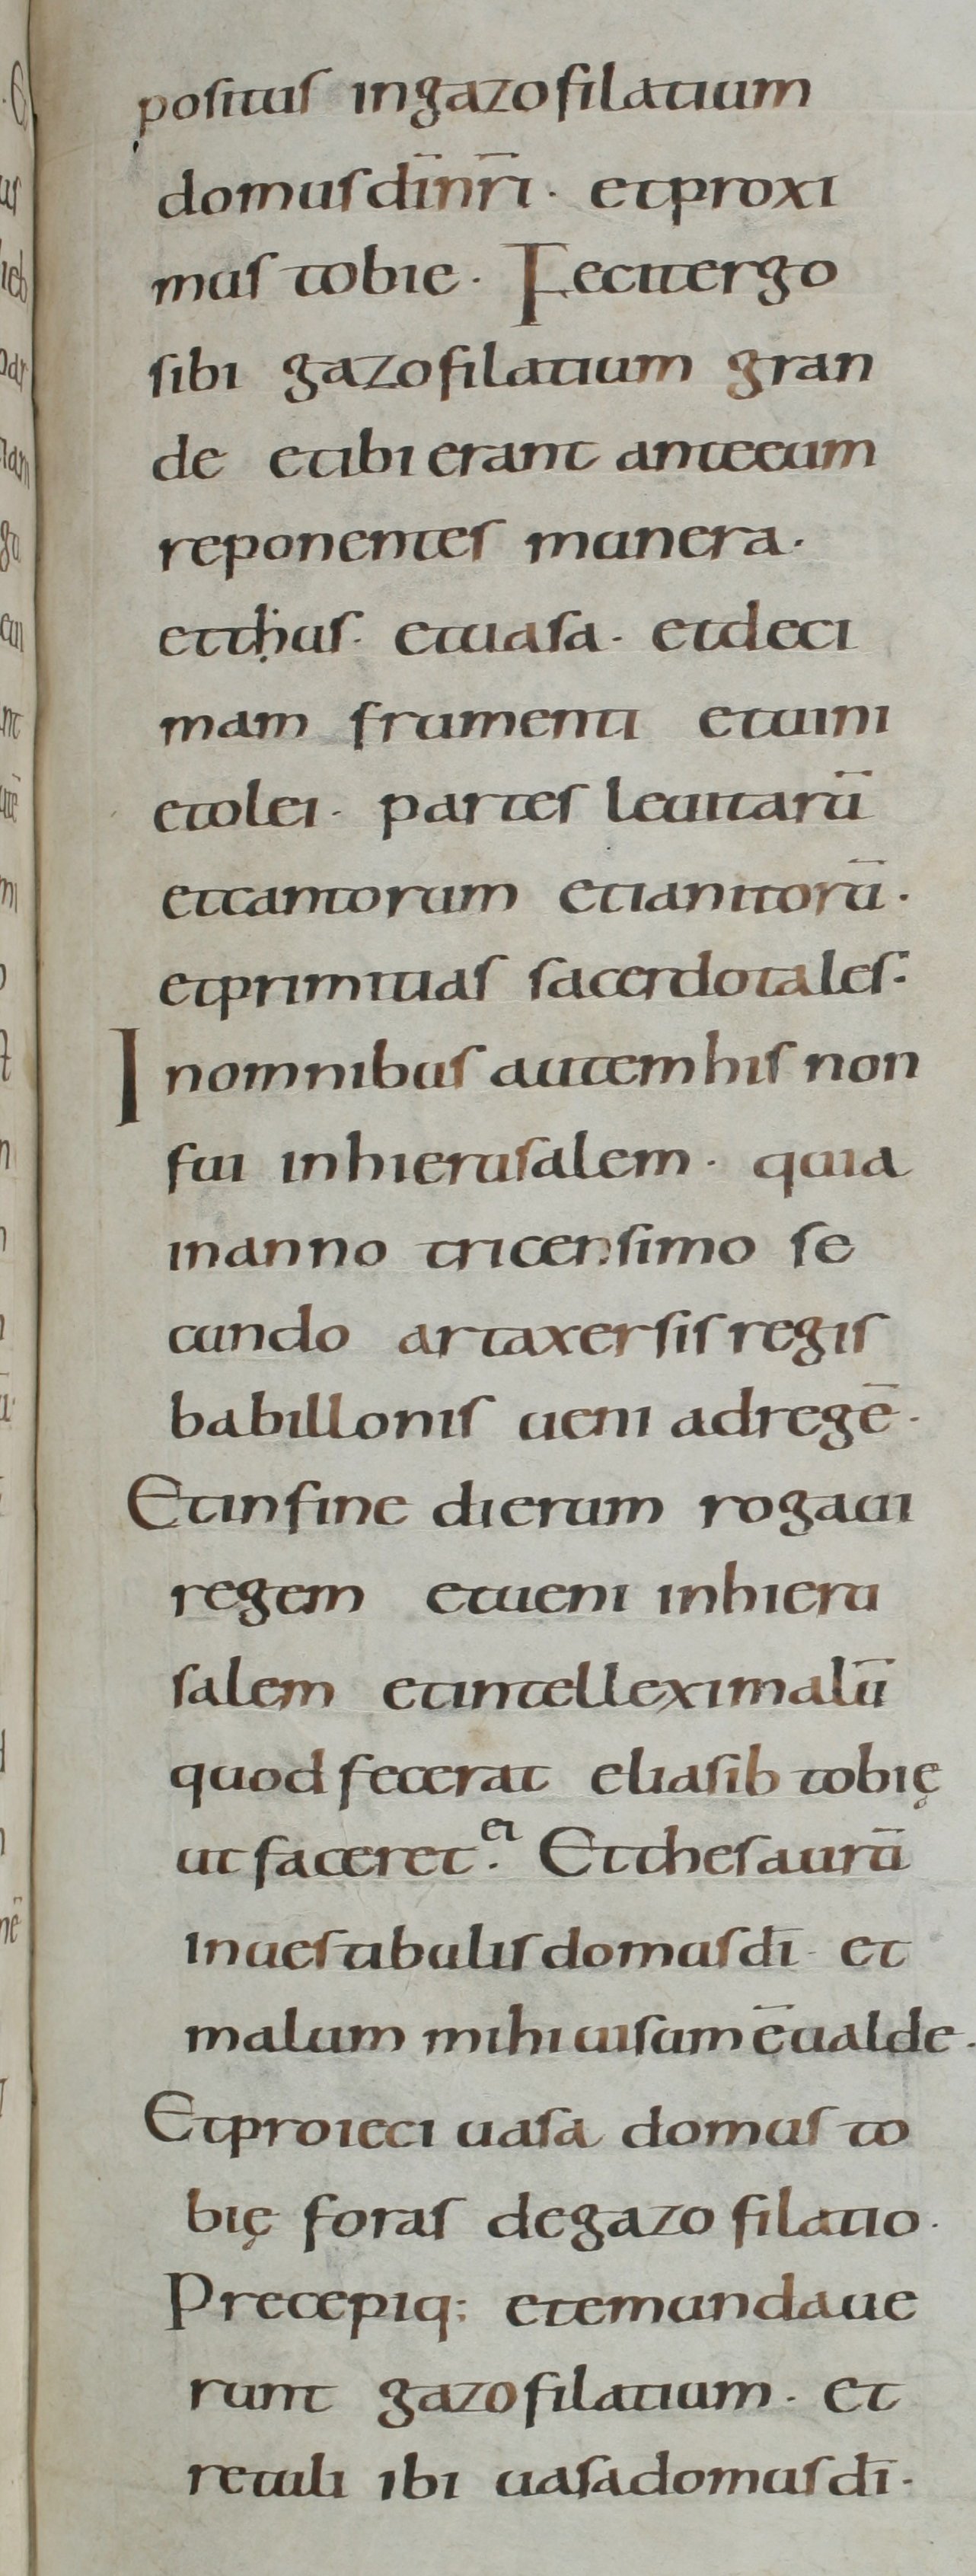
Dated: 800–899